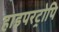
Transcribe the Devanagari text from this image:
हाइपरट्रोपि